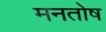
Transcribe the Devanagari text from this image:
मनतोष